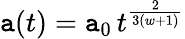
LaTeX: \mathtt{a}(t)=\mathtt{a}_{0}\, t^{\frac{{2}}{{3(w+1)}}}